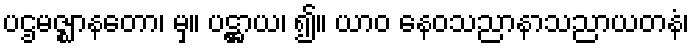
ပဌမဇ္ဈာနတော၊ မှ။ ပဋ္ဌာယ၊ ၍။ ယာဝ နေဝသညာနာသညာယတနံ၊